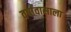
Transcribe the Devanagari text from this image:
वर्षावासाला